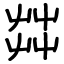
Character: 茻